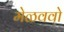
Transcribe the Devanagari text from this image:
मेळववो